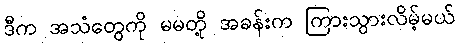
ဒီက အသံတွေကို မမတို့ အခန်းက ကြားသွားလိမ့်မယ်